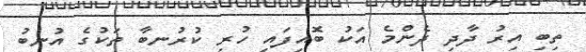
ތިބި އިރު ދާދި ދެންމެ އަކު ބޮއިފައި ހުރި ކުރުނބާ ތަކުގެ އުނބު